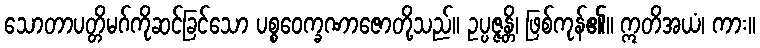
သောတာပတ္တိမဂ်ကိုဆင်ခြင်သော ပစ္စဝေက္ခဏာဇောတို့သည်။ ဥပ္ပဇ္ဇန္တိ၊ ဖြစ်ကုန်၏။ ဣတိအယံ၊ ကား။